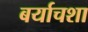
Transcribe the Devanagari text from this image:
बर्याचशा